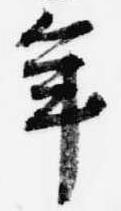
年